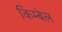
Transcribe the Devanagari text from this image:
किम्बेल